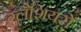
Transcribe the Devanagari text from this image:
ग्लैशियरों